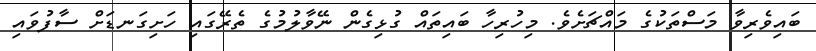
ބައިވެރިވާ މަސްތަކުގެ މައްޗަށެވެ. މިހުރިހާ ބައިތައް ގުޅިގެން ނޭވާލުމުގެ ތެރޭގައި ހަށިގަނޑަށް ސާފުވައި